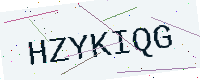
Text: HZYKIQG